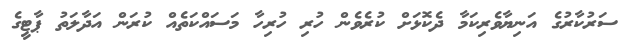
ސަރުކާރުގެ އަނިޔާވެރިކަމާ ދެކޮޅަށް ކުރެވެން ހުރި ހުރިހާ މަސައްކަތެއް ކުރަން އަދާލަތު ޕާޓީގެ